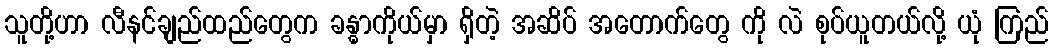
သူတို့ဟာ လီနင်ချည်ထည်တွေက ခန္ဓာကိုယ်မှာ ရှိတဲ့ အဆိပ် အတောက်တွေ ကို လဲ စုပ်ယူတယ်လို့ ယုံ ကြည်